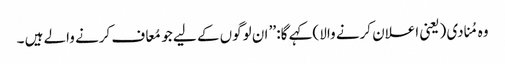
وہ مُنادی (یعنی اعلان کرنے والا )کہے گا: ’’ ان لوگوں کے لیے جو مُعاف کرنے والے ہیں ۔